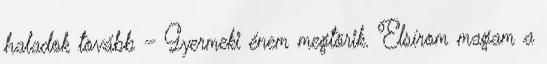
haladok tovább – Gyermeki énem megtörik. Elsírom magam a